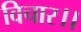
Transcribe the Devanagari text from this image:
विचार।।